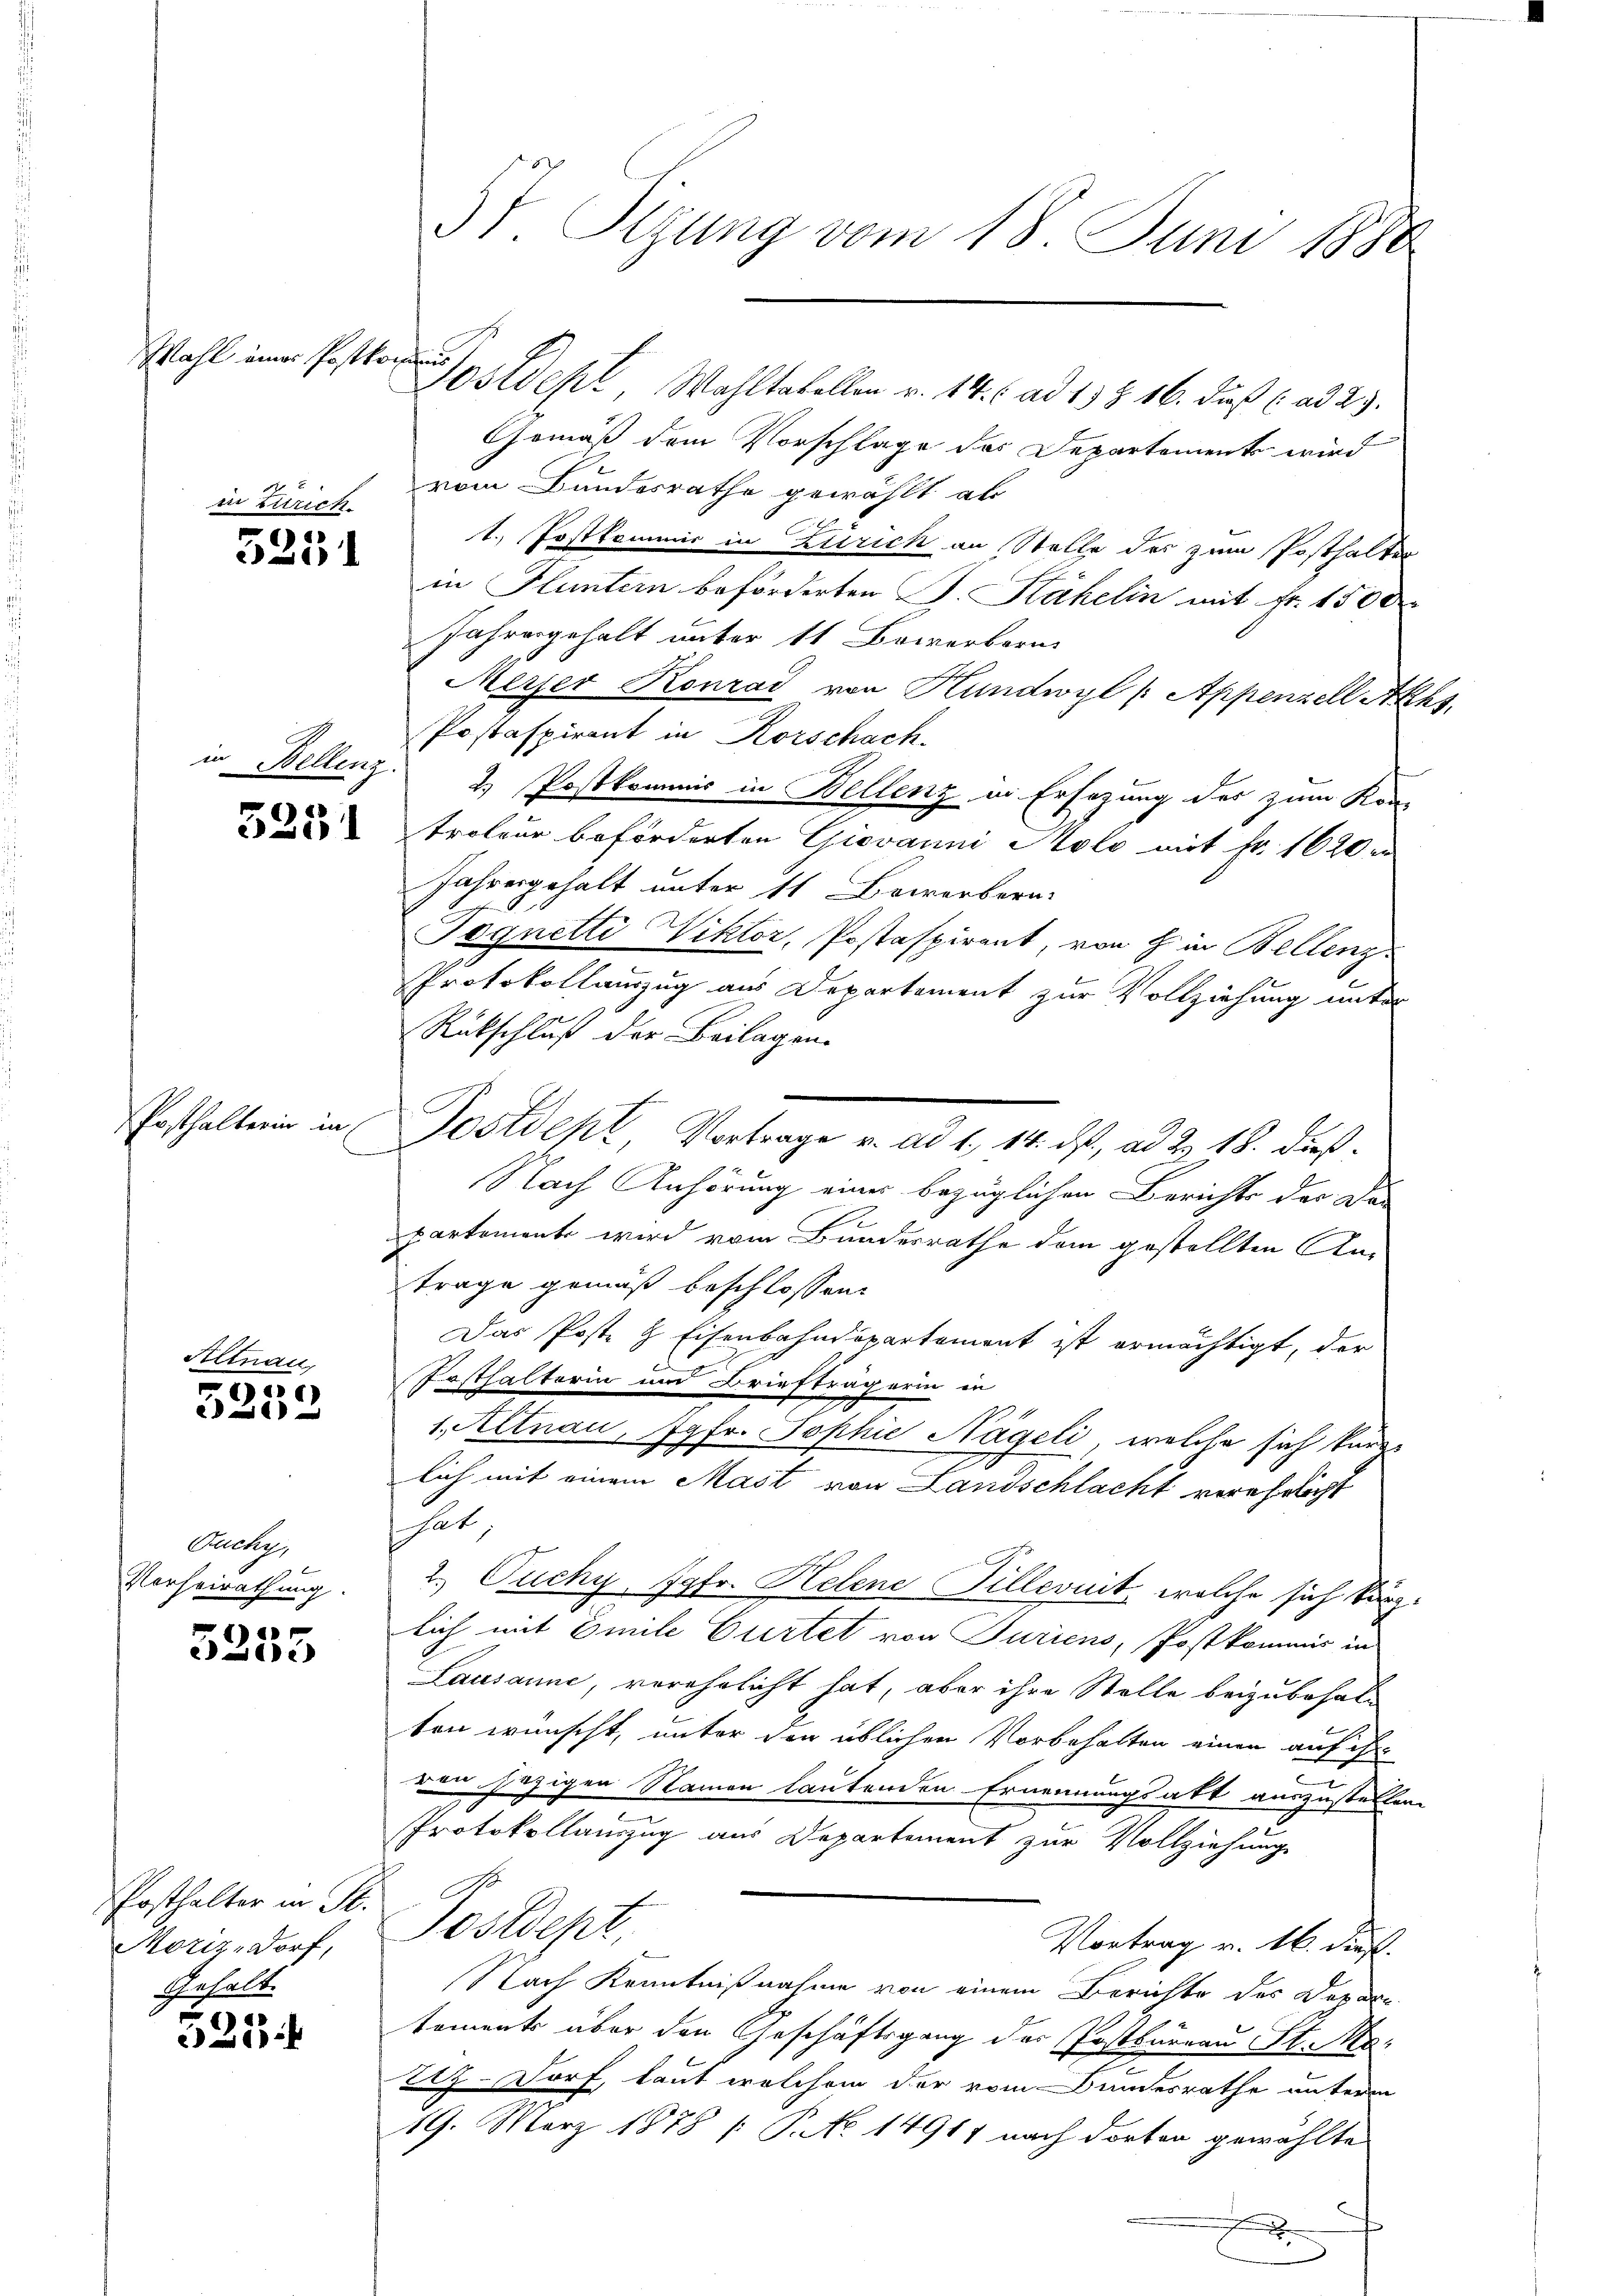
.

Wahl einer Postkomms

Altnau,

2950
e ad

Buche
Verheirathung.

6
edulde

Kelleng.

Posthalter in St.
Moriz-Dorf,
Gehalt.

213

Gemäß dem Vorschlage das Departements wird
in Zürich vom Bundesrathe gewählt ab
1. Postkommis in Zürich an Stelle des zum Posthalter
12 in Fluntern beförderten S. Kähelin mit Fr. 1500.
Jahresgehalt unter 11 Bewerbern
Merser Konrad von Hundwyl (Appenzell Akhs.
Postaspirant in Rorschach
2. Postkommis in Bellenz in Ersezung des zum Kon-
troleur beförderten Giovanni Molo mit Fr. 1620 n
Jahresgehalt unter 11 Bewerbern
Pegnetti Viktor, Postaspirant, von H. in Bellenz
Protokollauszug aus Departement zur Vollziehung unter
Rückschluß der Beilagen.
Posthalten in Postdept, Vortrage v. ad 1., 14. ds., ad 2. 18. dieß¬
Nach Anhörung eines bezüglichen Berichte der Da
partements wird vom Bundesrathe dem gestellten Antrage gemäß beschlossen:
Das Poste & Eisenbahndepartemont ist ermächtigt, der
Posthalterin und Briefträgerin in
1. Altnau, Jgfr. Sophie Nägeli, welche sich kurze
lich mit einem Mast von Landschlacht verehrlicht
hat
2. Ouchy Jgfr. Helene Pillevuit, welche sich kürzlich mit Emile Cartet von Juriens, Postkommis in
Lausanne, verehelicht hat, aber ihre Stelle beizubehalt
ten wünscht, unter den üblichen Vorbehalten einen auf ihr
i |
ren jezigen Namen lautenden Ernennungsakt auszustellen
Protokollanzug aus Departement zur Vollziehung
A
Sostdept,
Vortrag v. 16. dieß.
Nach Kenntnißnahme von einem Berichte des Depar
tements über den Geschäftsgang der Postbureau St. Ma¬
Etz. Dorf, laut welchem der vom Bundesrathe unterm
19. März 1878 / P. No 14917 nach dorten gewählte
.

5t Sizung vom 18. Juni 1880

ostdept, Wahltabellen u. 14. ad 1. Z. 16. dieß (ad 2.